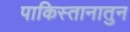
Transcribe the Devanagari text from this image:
पाकिस्तानातुन